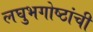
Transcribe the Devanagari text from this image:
लघुभगोष्ठांची